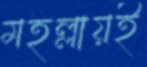
মহল্লায়ই